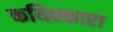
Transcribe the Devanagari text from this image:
कयिक्कारा